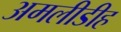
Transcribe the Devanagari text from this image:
अमलीडीह